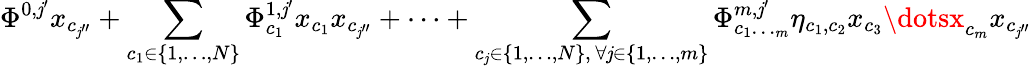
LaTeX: \Phi^{0,\mathit{j}^{\prime}}x_{c_{\mathit{j}^{\prime\prime}}}+\sum_{\substack{c_{1}\in\{ 1,\dots,N\} }}\Phi_{c_{1}}^{1,\mathit{j}^{\prime}}x_{c_{1}}x_{c_{\mathit{j}^{\prime\prime}}}+\dots+\sum_{\substack{c_{\mathit{j}}\in\{ 1,\dots,N\} ,\, \forall\mathit{j}\in\{ 1,\dots,m\} }}\Phi_{c_{1}\dotsc_{m}}^{m,\mathit{j}^{\prime}}\eta_{c_{1},c_{2}}x_{c_{3}}\dotsx_{c_{m}}x_{c_{\mathit{j}^{\prime\prime}}}